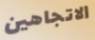
الاتجاهين